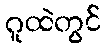
ဂူထဲတွင်